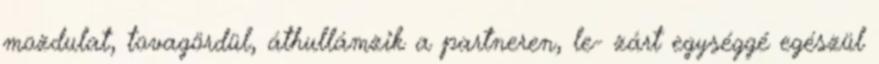
mozdulat, tovagördül, áthullámzik a partneren, le- zárt egységgé egészül